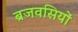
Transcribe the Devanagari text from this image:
ब्रजवसियों